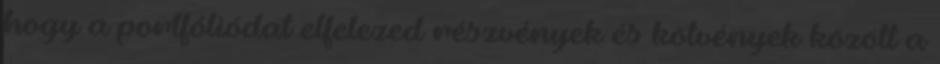
hogy a portfóliódat elfelezed részvények és kötvények között a